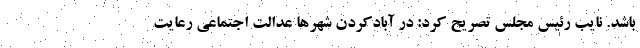
باشد. نایب رئیس مجلس تصریح کرد: در آبادکردن شهرها عدالت اجتماعی رعایت